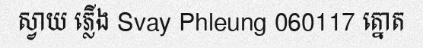
ស្វាយ ភ្លើង Svay Phleung 060117 ត្នោត